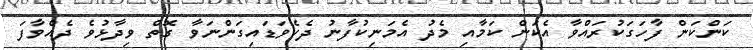
ކަންކަން ފާހަގަކުރައްވާ އެކަން ކަމާއި މެދު އެމަނިކުފާނު ދެކެވަޑައިގަންނަވާ ގޮތް ވިދާޅުވެ ދެއްވާފަ